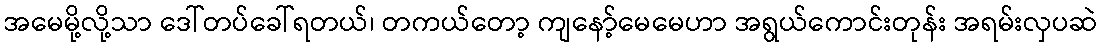
အမေမို့လို့သာ ဒေါ်တပ်ခေါ်ရတယ်၊ တကယ်တော့ ကျနော့်မေမေဟာ အရွယ်ကောင်းတုန်း အရမ်းလှပဆဲ